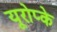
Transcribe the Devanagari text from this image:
यूरोप्के